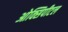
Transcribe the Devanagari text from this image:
ओक्सिपीटल